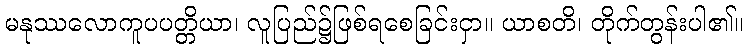
မနုဿလောကူပပတ္တိယာ၊ လူပြည်၌ဖြစ်ရစေခြင်းငှာ။ ယာစတိ၊ တိုက်တွန်းပါ၏။